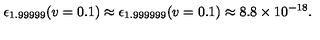
\epsilon _ { 1 . 9 9 9 9 9 } ( v = 0 . 1 ) \approx \epsilon _ { 1 . 9 9 9 9 9 9 } ( v = 0 . 1 ) \approx 8 . 8 \times 1 0 ^ { - 1 8 } .